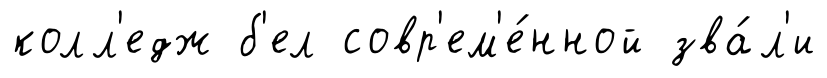
колл'едж б'ел совр'ем'е́нной зва́л'и